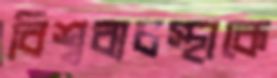
বিশ্বব্যবস্থাকে